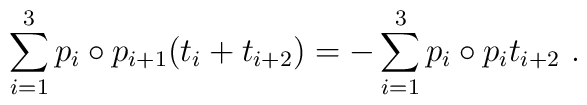
\sum_{i=1}^3 p_i \circ p_{i+1} (t_i + t_{i+2} )  = - \sum_{i=1}^3 p_i \circ p_i t_{i+2} ~ .